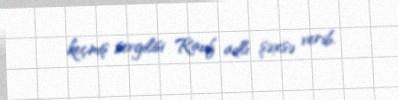
keçmiş sevgilisi Rauf adlı şəxsə verib.